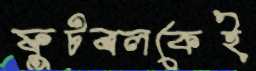
ফুটবলকেই